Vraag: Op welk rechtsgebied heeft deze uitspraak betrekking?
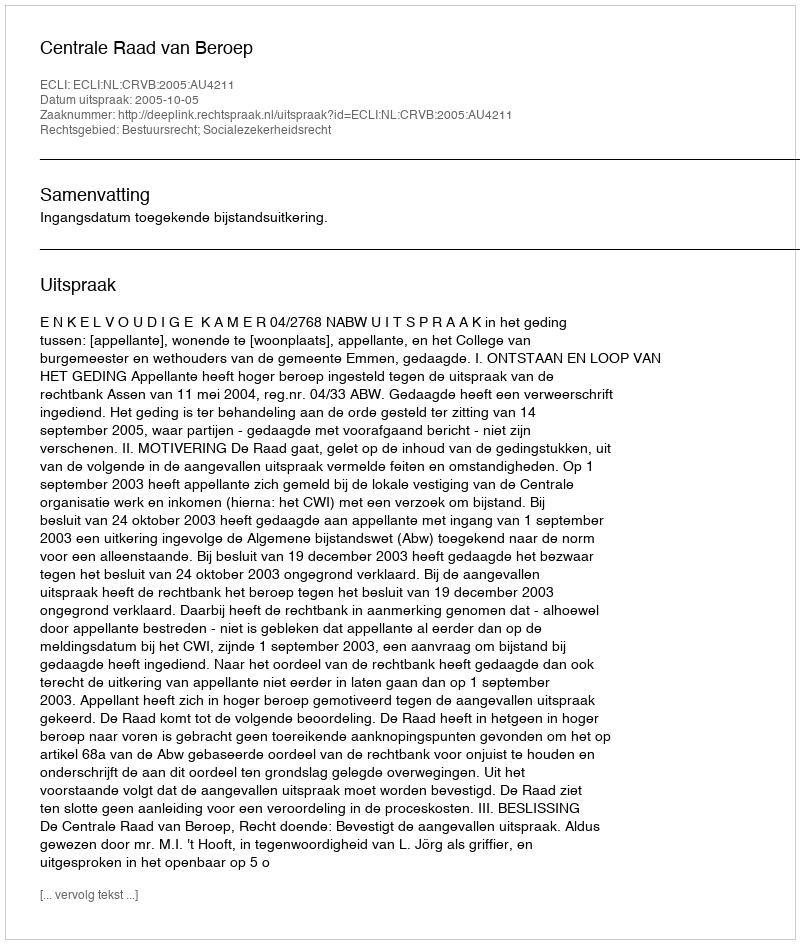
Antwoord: Bestuursrecht; Socialezekerheidsrecht